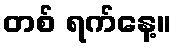
တစ် ရက်နေ့။